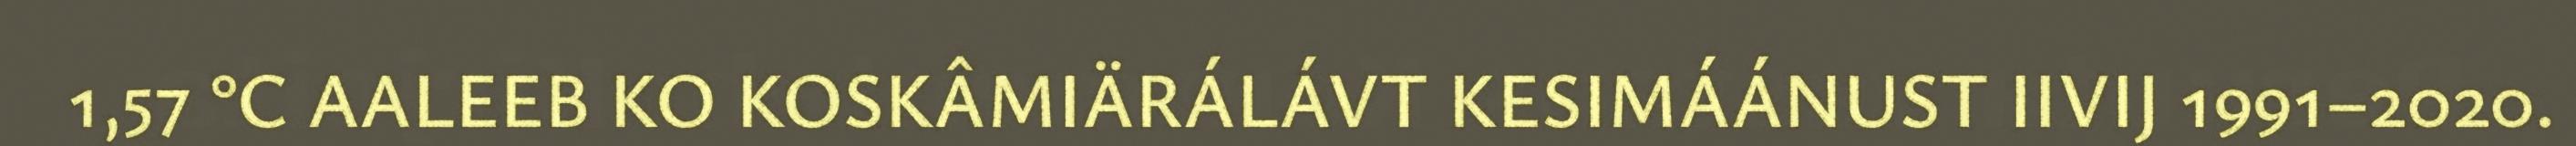
1,57 °C AALEEB KO KOSKÂMIÄRÁLÁVT KESIMÁÁNUST IIVIJ 1991–2020.